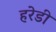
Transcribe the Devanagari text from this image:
हरेडी